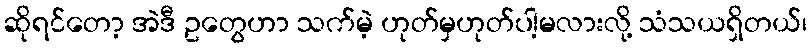
ဆိုရင်တော့ အဲဒီ ဥတွေဟာ သက်မဲ့ ဟုတ်မှဟုတ်ပါ့မလားလို့ သံသယရှိတယ်၊